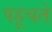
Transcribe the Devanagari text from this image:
पहूचते